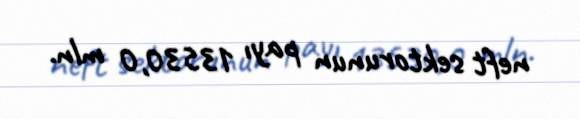
neft sektorunun payı 13530,0 mln.